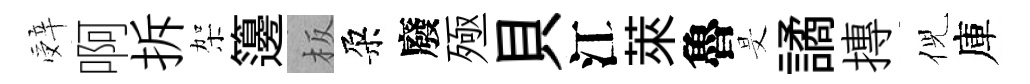
辤啊拆架籩板朶廢殛貝江萊魯旻譎摶倪庫